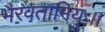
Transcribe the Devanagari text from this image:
भैरवतामियुः।।